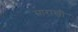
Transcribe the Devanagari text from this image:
साराखी